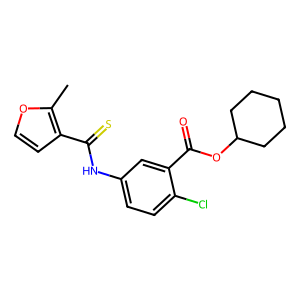
SMILES: Cc1occc1C(=S)Nc1ccc(Cl)c(C(=O)OC2CCCCC2)c1
Inhibits HIV replication: Yes